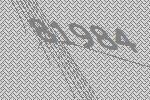
81984